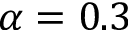
\alpha = 0 . 3